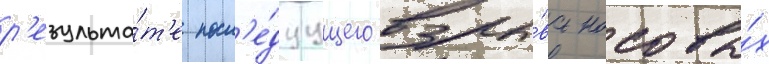
р'езульта́т'е посл'е́дуущего взры́ва носовы́х